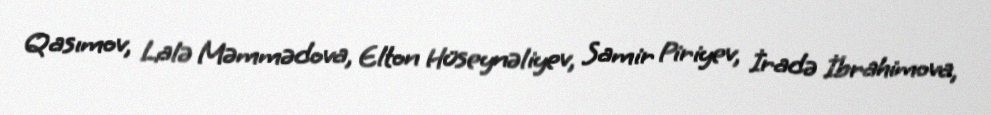
Qasımov, Lalə Məmmədova, Elton Hüseynəliyev, Samir Piriyev, İradə İbrahimova,